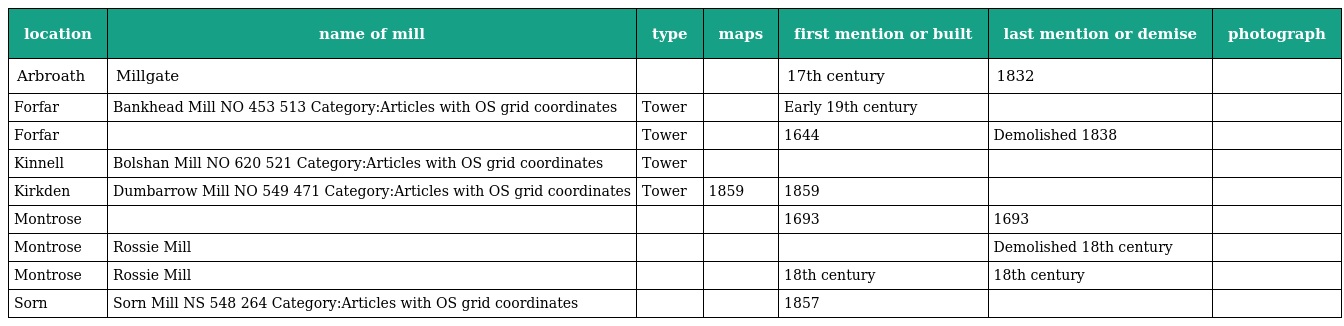
| location | name of mill | type | maps | first mention or built | last mention or demise | photograph |
 | --- | --- | --- | --- | --- | --- | --- |
 | Arbroath | Millgate |  |  | 17th century | 1832 |  |
 | Forfar | Bankhead Mill NO 453 513 Category:Articles with OS grid coordinates | Tower |  | Early 19th century |  |  |
 | Forfar |  | Tower |  | 1644 | Demolished 1838 |  |
 | Kinnell | Bolshan Mill NO 620 521 Category:Articles with OS grid coordinates | Tower |  |  |  |  |
 | Kirkden | Dumbarrow Mill NO 549 471 Category:Articles with OS grid coordinates | Tower | 1859 | 1859 |  |  |
 | Montrose |  |  |  | 1693 | 1693 |  |
 | Montrose | Rossie Mill |  |  |  | Demolished 18th century |  |
 | Montrose | Rossie Mill |  |  | 18th century | 18th century |  |
 | Sorn | Sorn Mill NS 548 264 Category:Articles with OS grid coordinates |  |  | 1857 |  |  |